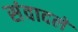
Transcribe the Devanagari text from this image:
संवादले